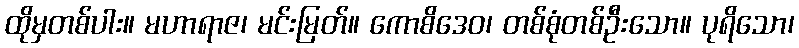
ထိုမှတစ်ပါး။ မဟာရာဇ၊ မင်းမြတ်။ ကောစိဒေဝ၊ တစ်စုံတစ်ဦးသော။ ပုရိသော၊